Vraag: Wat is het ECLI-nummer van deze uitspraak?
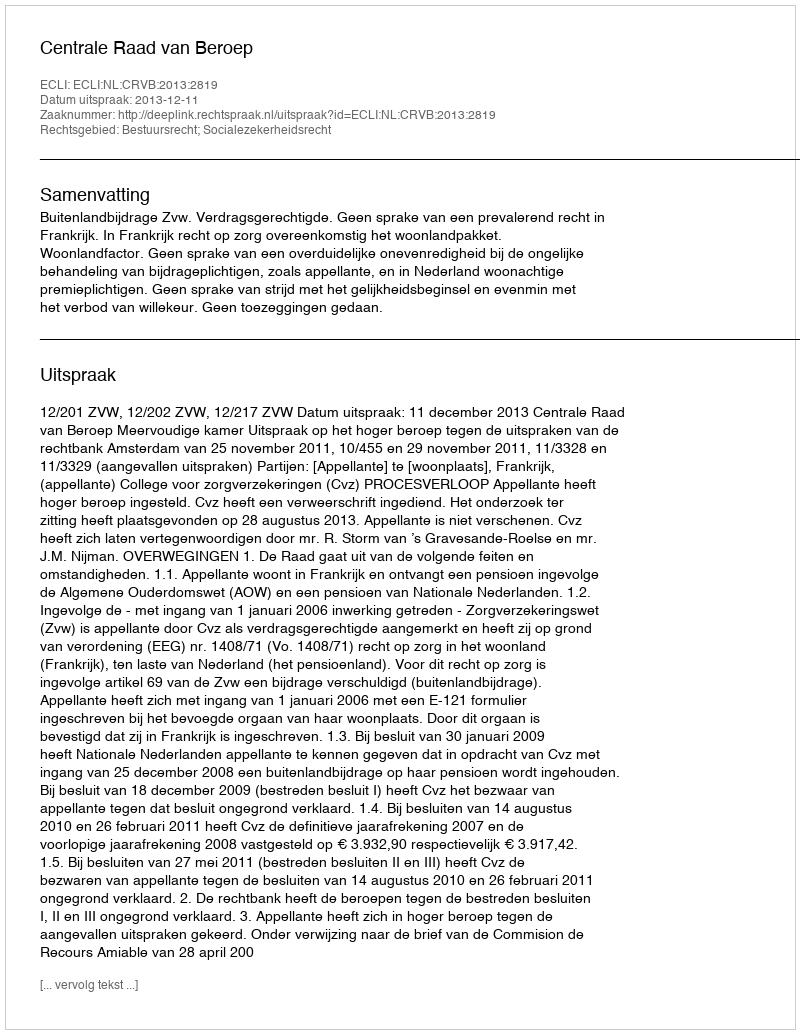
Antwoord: ECLI:NL:CRVB:2013:2819